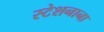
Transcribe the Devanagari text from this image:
स्टेशनाना